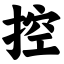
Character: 控